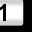
Digit: 1